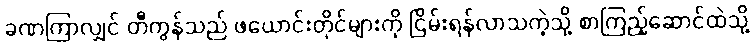
ခဏကြာလျှင် တီကွန်သည် ဖယောင်းတိုင်များကို ငြိမ်းရန်လာသကဲ့သို့ စာကြည့်ဆောင်ထဲသို့